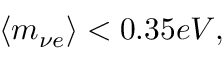
\langle m _ { \nu e } \rangle < 0 . 3 5 e V ,